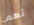
تهم